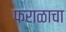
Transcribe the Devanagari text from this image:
फराळाचा